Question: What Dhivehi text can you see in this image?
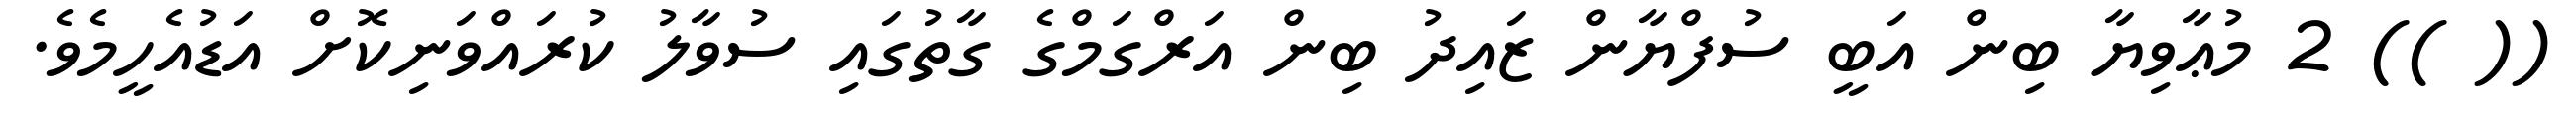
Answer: (( )) 2 މުޢާވިޔާ ބިން އަބީ ސުފްޔާން ޒައިދު ބިން އަރްގަމްގެ ގާތުގައި ސުވާލު ކުރައްވަނިކޮށް އަޑުއެހީމެވެ.